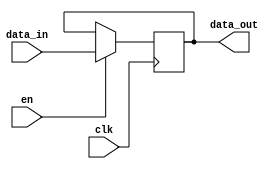
`timescale 1ns/1ps

module register (
  input		    clk,
  input             en,
  input    [31:0] data_in,   
  output reg [31:0] data_out    
);


always @ (posedge clk)
   if (en == 1'd1) 
     data_out <= data_in;

endmodule